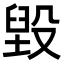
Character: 毀